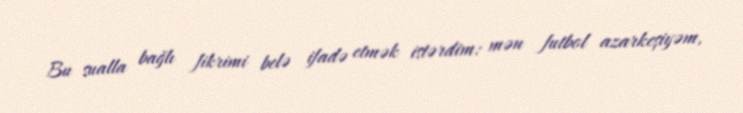
Bu sualla bağlı fikrimi belə ifadə etmək istərdim: mən futbol azarkeşiyəm,